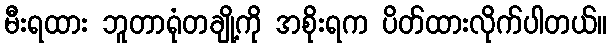
မီးရထား ဘူတာရုံတချို့ကို အစိုးရက ပိတ်ထားလိုက်ပါတယ်။